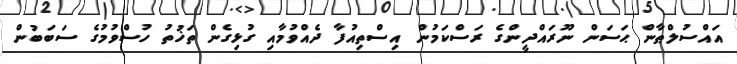
އައްސުލްޠާން ޙަސަން ނޫރައްދީންގެ ރަސްކަމުން އިސްތިއުފާ ދެއްވުމާއި ގުޅިގެން ތަޚުތު ހުސްވުމުގެ ސަބަބުން